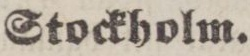
Stockholm.